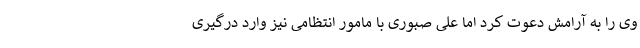
وی را به آرامش دعوت کرد اما علی صبوری با مامور انتظامی نیز وارد درگیری